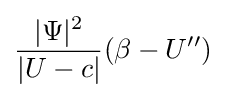
{\frac {|\Psi |^{2}}{|U-c|}}(\beta -U'')